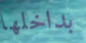
بداخلها